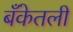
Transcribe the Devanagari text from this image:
बँकेतली